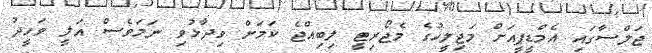
ޖަލްސާގައި އެމްޑީޕީއަށް މަޖިލީހުގެ މެޖޯރިޓީ ލިބިއްޖެ ކަމަށް ވިދާޅުވި ނަމަވެސް އަލީ ވަހީދު